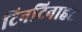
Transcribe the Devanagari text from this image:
टिनटिनाहट